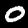
Label: 0